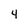
Character: 4